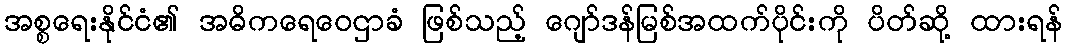
အစ္စရေးနိုင်ငံ၏ အဓိကရေဝေဌာခံ ဖြစ်သည့် ဂျော်ဒန်မြစ်အထက်ပိုင်းကို ပိတ်ဆို့ ထားရန်